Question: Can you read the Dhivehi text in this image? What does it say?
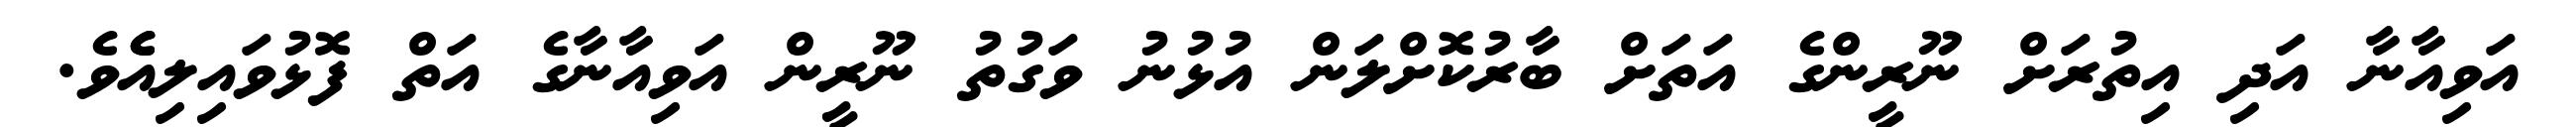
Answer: އަވިއާނާ އަދި އިތުރަށް ނޫރީންގެ އަތަށް ބާރުކޮށްލަން އުޅުނު ވަގުތު ނޫރީން އަވިއާނާގެ އަތް ފޮޅުވައިލިއެެވެ.